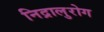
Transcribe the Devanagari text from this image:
निद्रालुरोग